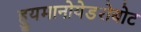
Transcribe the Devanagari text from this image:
ह्युमानोयेडरोबोट